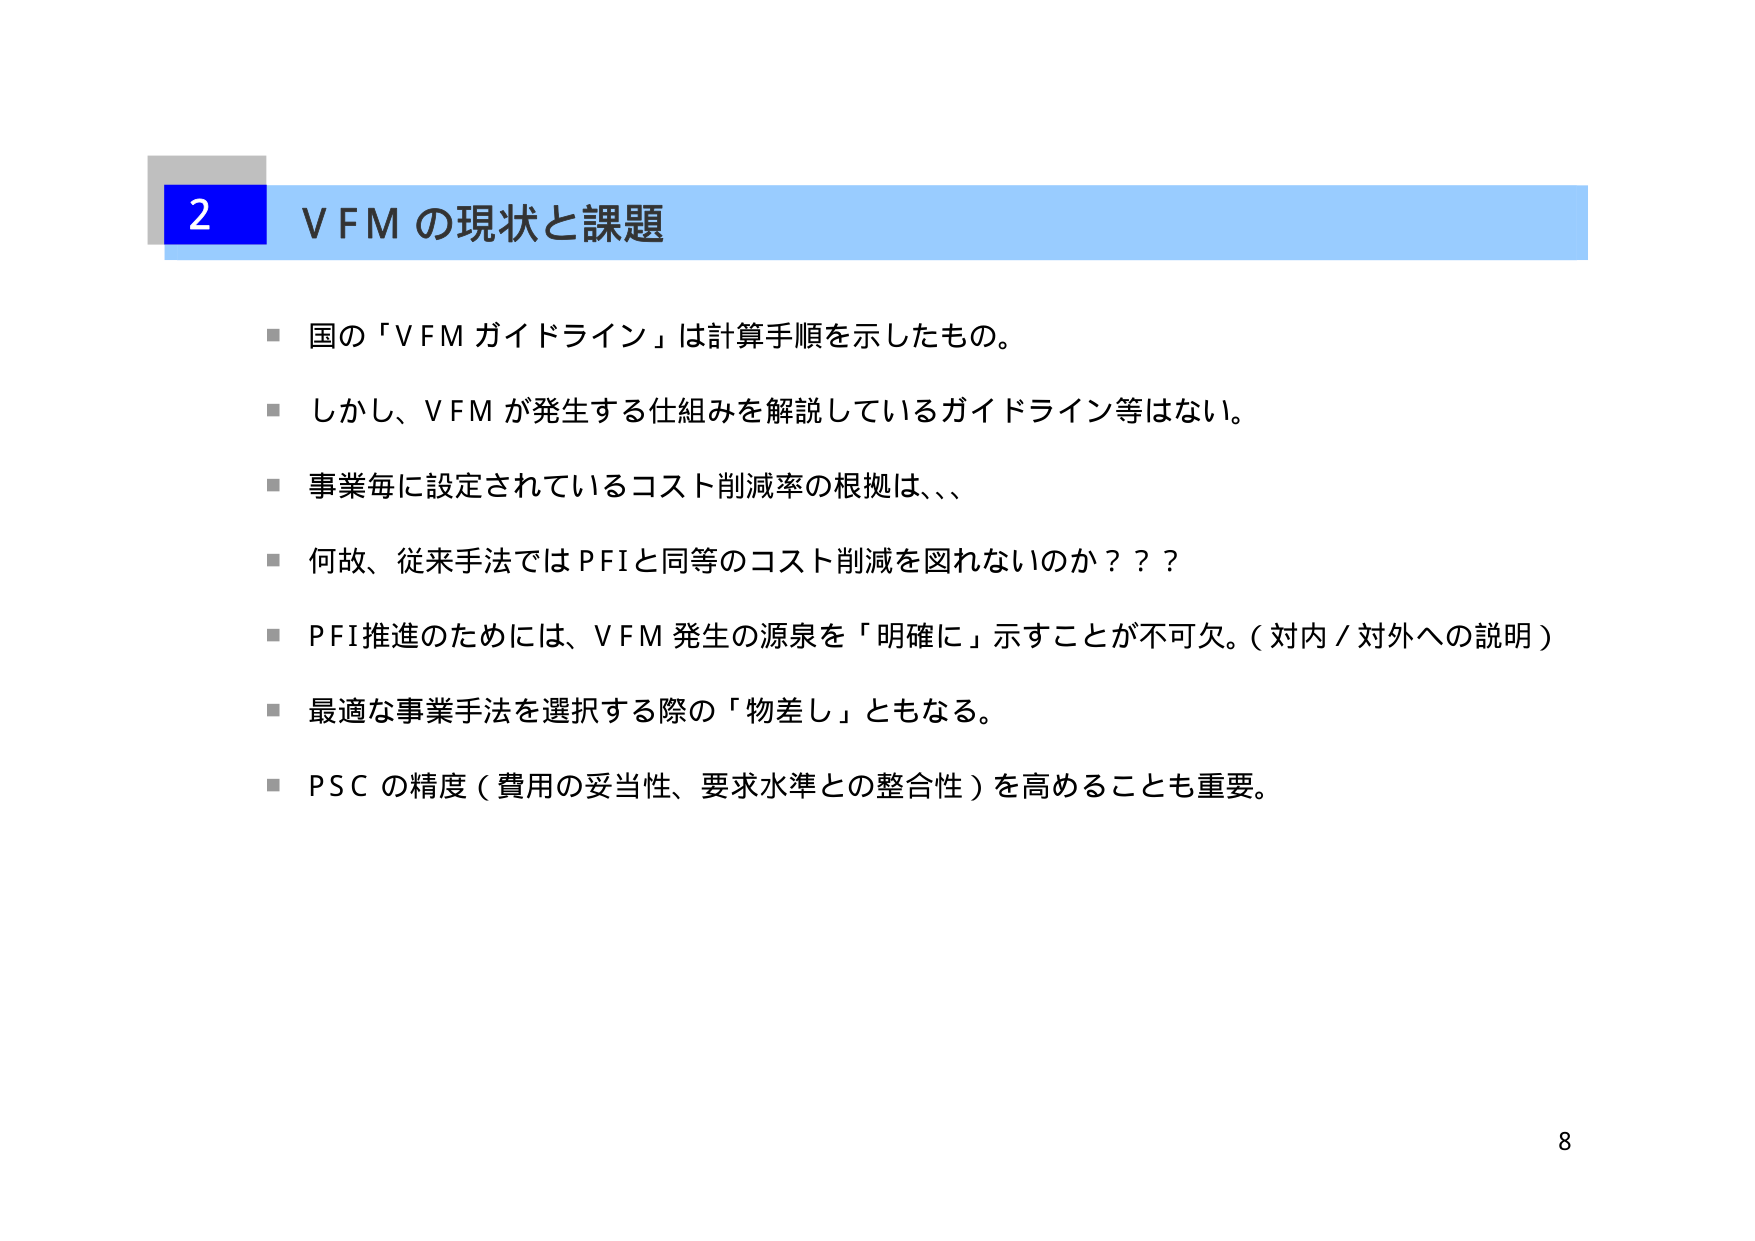
2 VFM の現状と課題

■ 国の「VFM ガイドライン」は計算手順を示したもの。
■ しかし、VFM が発生する仕組みを解説しているガイドライン等はない。
■ 事業毎に設定されているコスト削減率の根拠は、、、
■ 何故、従来手法では PFI と同等のコスト削減を図れないのか？？？
■ PFI 推進のためには、VFM 発生の源泉を「明確に」示すことが不可欠。（対内／対外への説明）
■ 最適な事業手法を選択する際の「物差し」ともなる。
■ PSC の精度（費用の妥当性、要求水準との整合性）を高めることも重要。

8